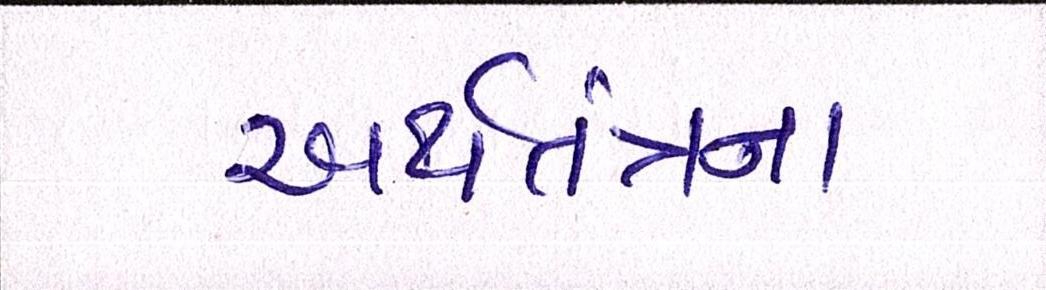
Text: અર્થતંત્રના